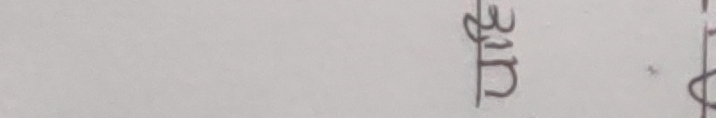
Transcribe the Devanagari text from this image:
भिड